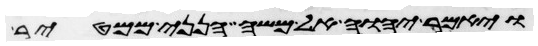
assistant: ויאמר יהוה אל משה הנני ממטיר